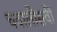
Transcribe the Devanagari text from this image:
चवालीसवीं